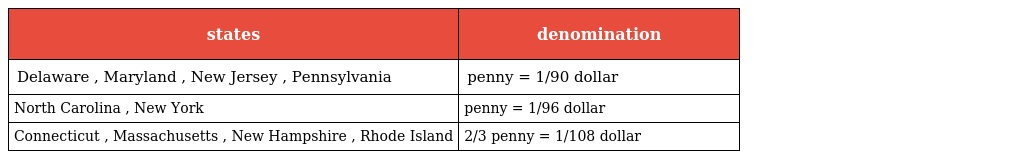
| states | denomination |
 | --- | --- |
 | Delaware , Maryland , New Jersey , Pennsylvania | penny = 1/90 dollar |
 | North Carolina , New York | penny = 1/96 dollar |
 | Connecticut , Massachusetts , New Hampshire , Rhode Island | 2/3 penny = 1/108 dollar |